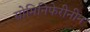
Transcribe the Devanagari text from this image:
सोमिनिफेरीनीन